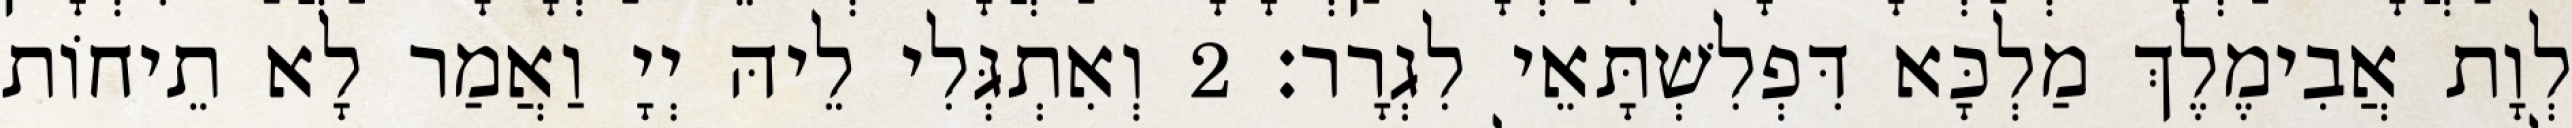
לְוָת אֲבִימֶלֶךְ מַלְכָּא דִּפְלִשְׁתָּאֵי לִגְרָר׃ 2 וְאִתְגְּלִי לֵיהּ יְיָ וַאֲמַר לָא תֵיחוֹת